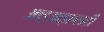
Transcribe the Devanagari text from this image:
आइआइएसटी